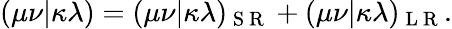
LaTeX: (\mu\nu|\kappa\lambda)=(\mu\nu|\kappa\lambda)_{\mathrm{~S~R~}}+(\mu\nu|\kappa\lambda)_{\mathrm{~L~R~}}.